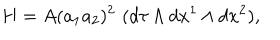
LaTeX: H = A ( a _ { 1 } a _ { 2 } ) ^ { 2 } \, \, ( d \tau \wedge d x ^ { 1 } \wedge d x ^ { 2 } ) ,